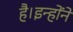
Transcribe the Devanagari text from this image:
है।इन्होंने